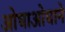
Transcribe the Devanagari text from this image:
ओघाओघाने